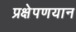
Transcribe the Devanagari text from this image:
प्रक्षेपणयान